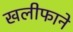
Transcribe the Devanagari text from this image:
खलीफाने